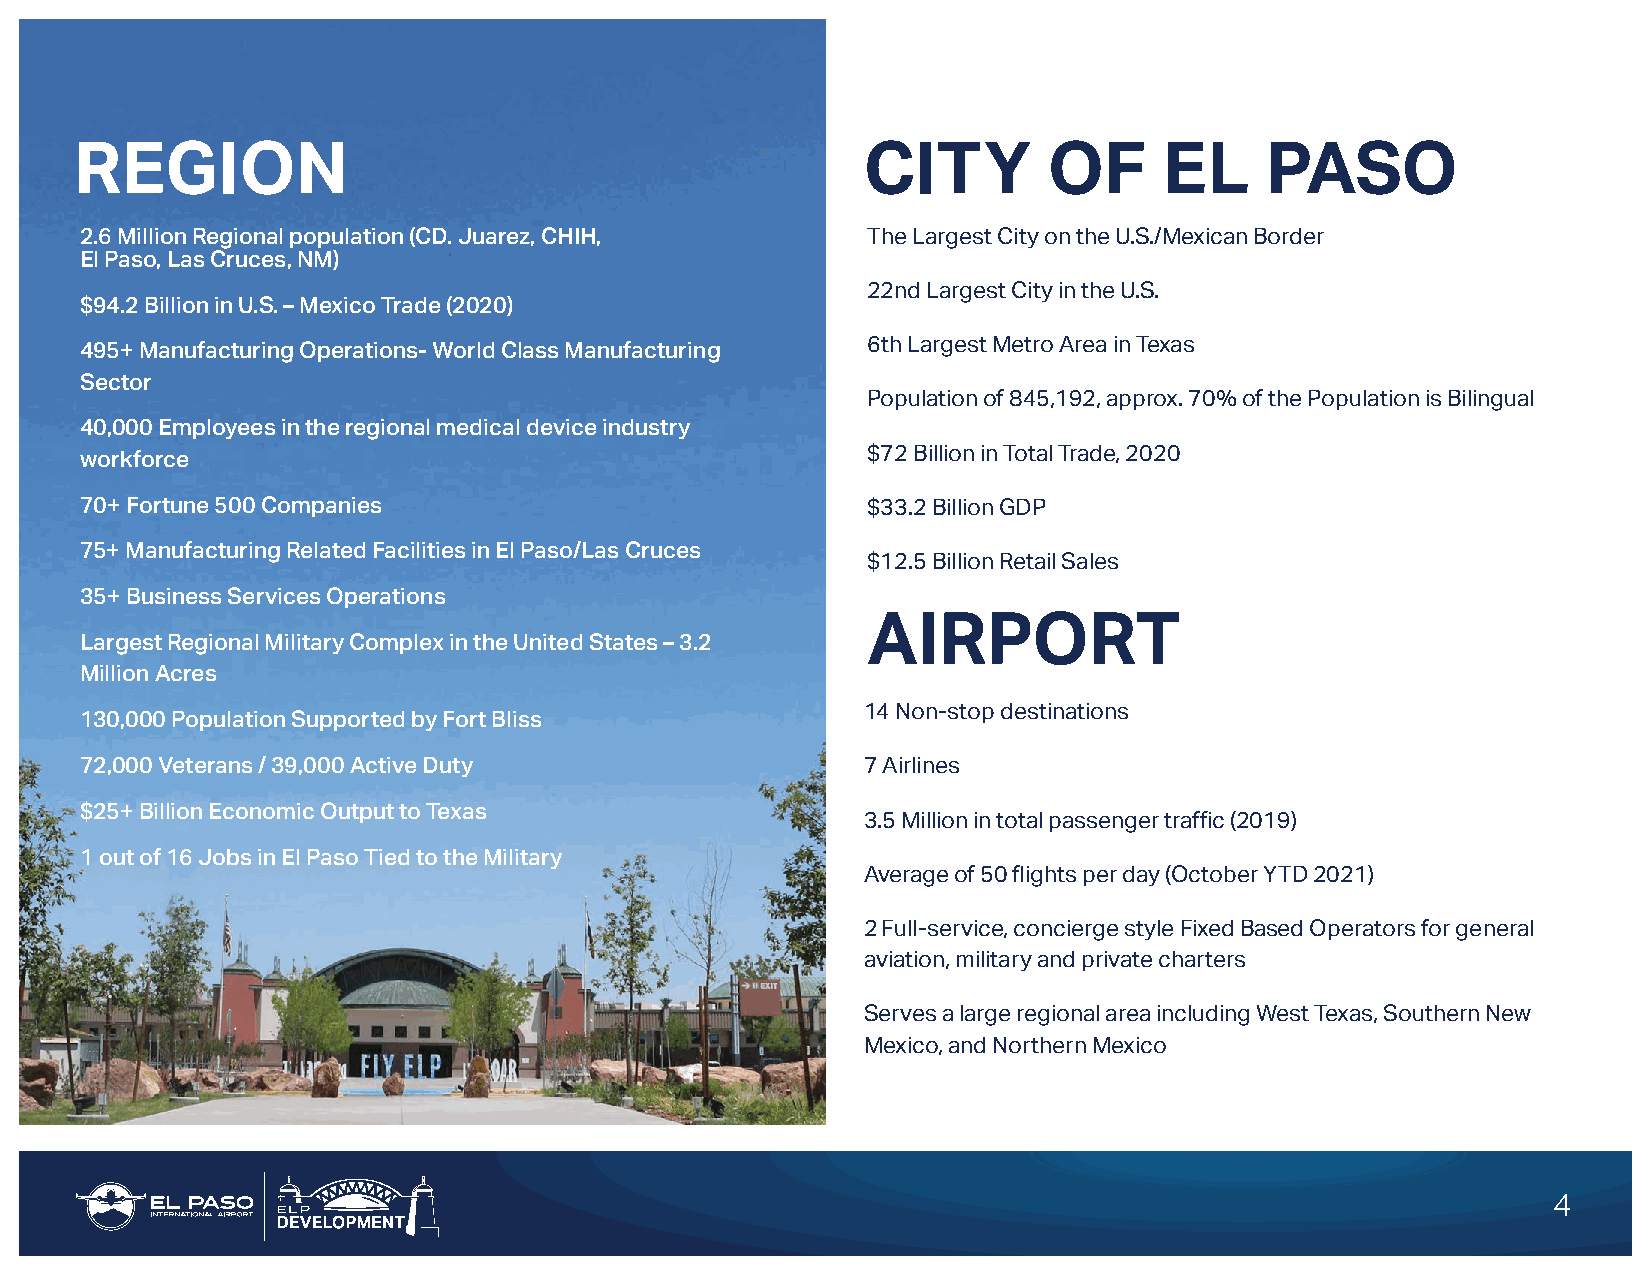
REGION                                              CITY        OF      EL     PASO
 2.6 Million Regional population (CD. Juarez, CHIH,  The Largest City on the U.S./Mexican Border
 El Paso, Las Cruces, NM)
 22nd Largest City in the U.S.
 $94.2 Billion in U.S. – Mexico Trade (2020)
 495+ Manufacturing Operations- World Class Manufacturing 6th Largest Metro Area in Texas
 Sector
 Population of 845,192, approx. 70% of the Population is Bilingual
 40,000 Employees in the regional medical device industry
 workforce                                           $72 Billion in Total Trade, 2020
 70+ Fortune 500 Companies                           $33.2 Billion GDP
 75+ Manufacturing Related Facilities in El Paso/Las Cruces
 $12.5 Billion Retail Sales
 35+ Business Services Operations
 Largest Regional Military Complex in the United States – 3.2 AIRPORT
 Million Acres
 14 Non-stop destinations
 130,000 Population Supported by Fort Bliss
 72,000 Veterans / 39,000 Active Duty                7 Airlines
 $25+ Billion Economic Output to Texas
 3.5 Million in total passenger traffic (2019)
 1 out of 16 Jobs in El Paso Tied to the Military
 Average of 50 flights per day (October YTD 2021)
 2 Full-service, concierge style Fixed Based Operators for general
 aviation, military and private charters
 Serves a large regional area including West Texas, Southern New
 Mexico, and Northern Mexico
 4